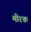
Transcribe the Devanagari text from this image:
मीरक